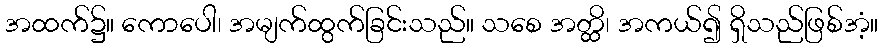
အထက်၌။ ကောပေါ၊ အမျက်ထွက်ခြင်းသည်။ သစေ အတ္ထိ၊ အကယ်၍ ရှိသည်ဖြစ်အံ့။